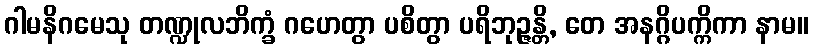
ဂါမနိဂမေသု တဏ္ဍုလဘိက္ခံ ဂဟေတွာ ပစိတွာ ပရိဘုဉ္ဇန္တိ, တေ အနဂ္ဂိပက္ကိကာ နာမ။